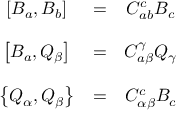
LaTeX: \begin{array} { c c c } { { \left[ B _ { a } , B _ { b } \right] } } & { { = } } & { { C _ { a b } ^ { c } B _ { c } } } \\ { { } } & { { } } & { { } } \\ { { \left[ B _ { a } , Q _ { \beta } \right] } } & { { = } } & { { C _ { a \beta } ^ { \gamma } Q _ { \gamma } } } \\ { { } } & { { } } & { { } } \\ { { \left\{ Q _ { \alpha } , Q _ { \beta } \right\} } } & { { = } } & { { C _ { \alpha \beta } ^ { c } B _ { c } } } \end{array}